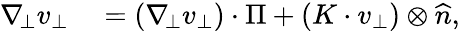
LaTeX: \begin{array}{rl}{\nabla_{\! \bot}v_{\bot}}&{{}=(\nabla_{\! \bot}v_{\bot})\cdot\Pi+(K\cdot v_{\bot})\otimes\widehat{n},}\end{array}